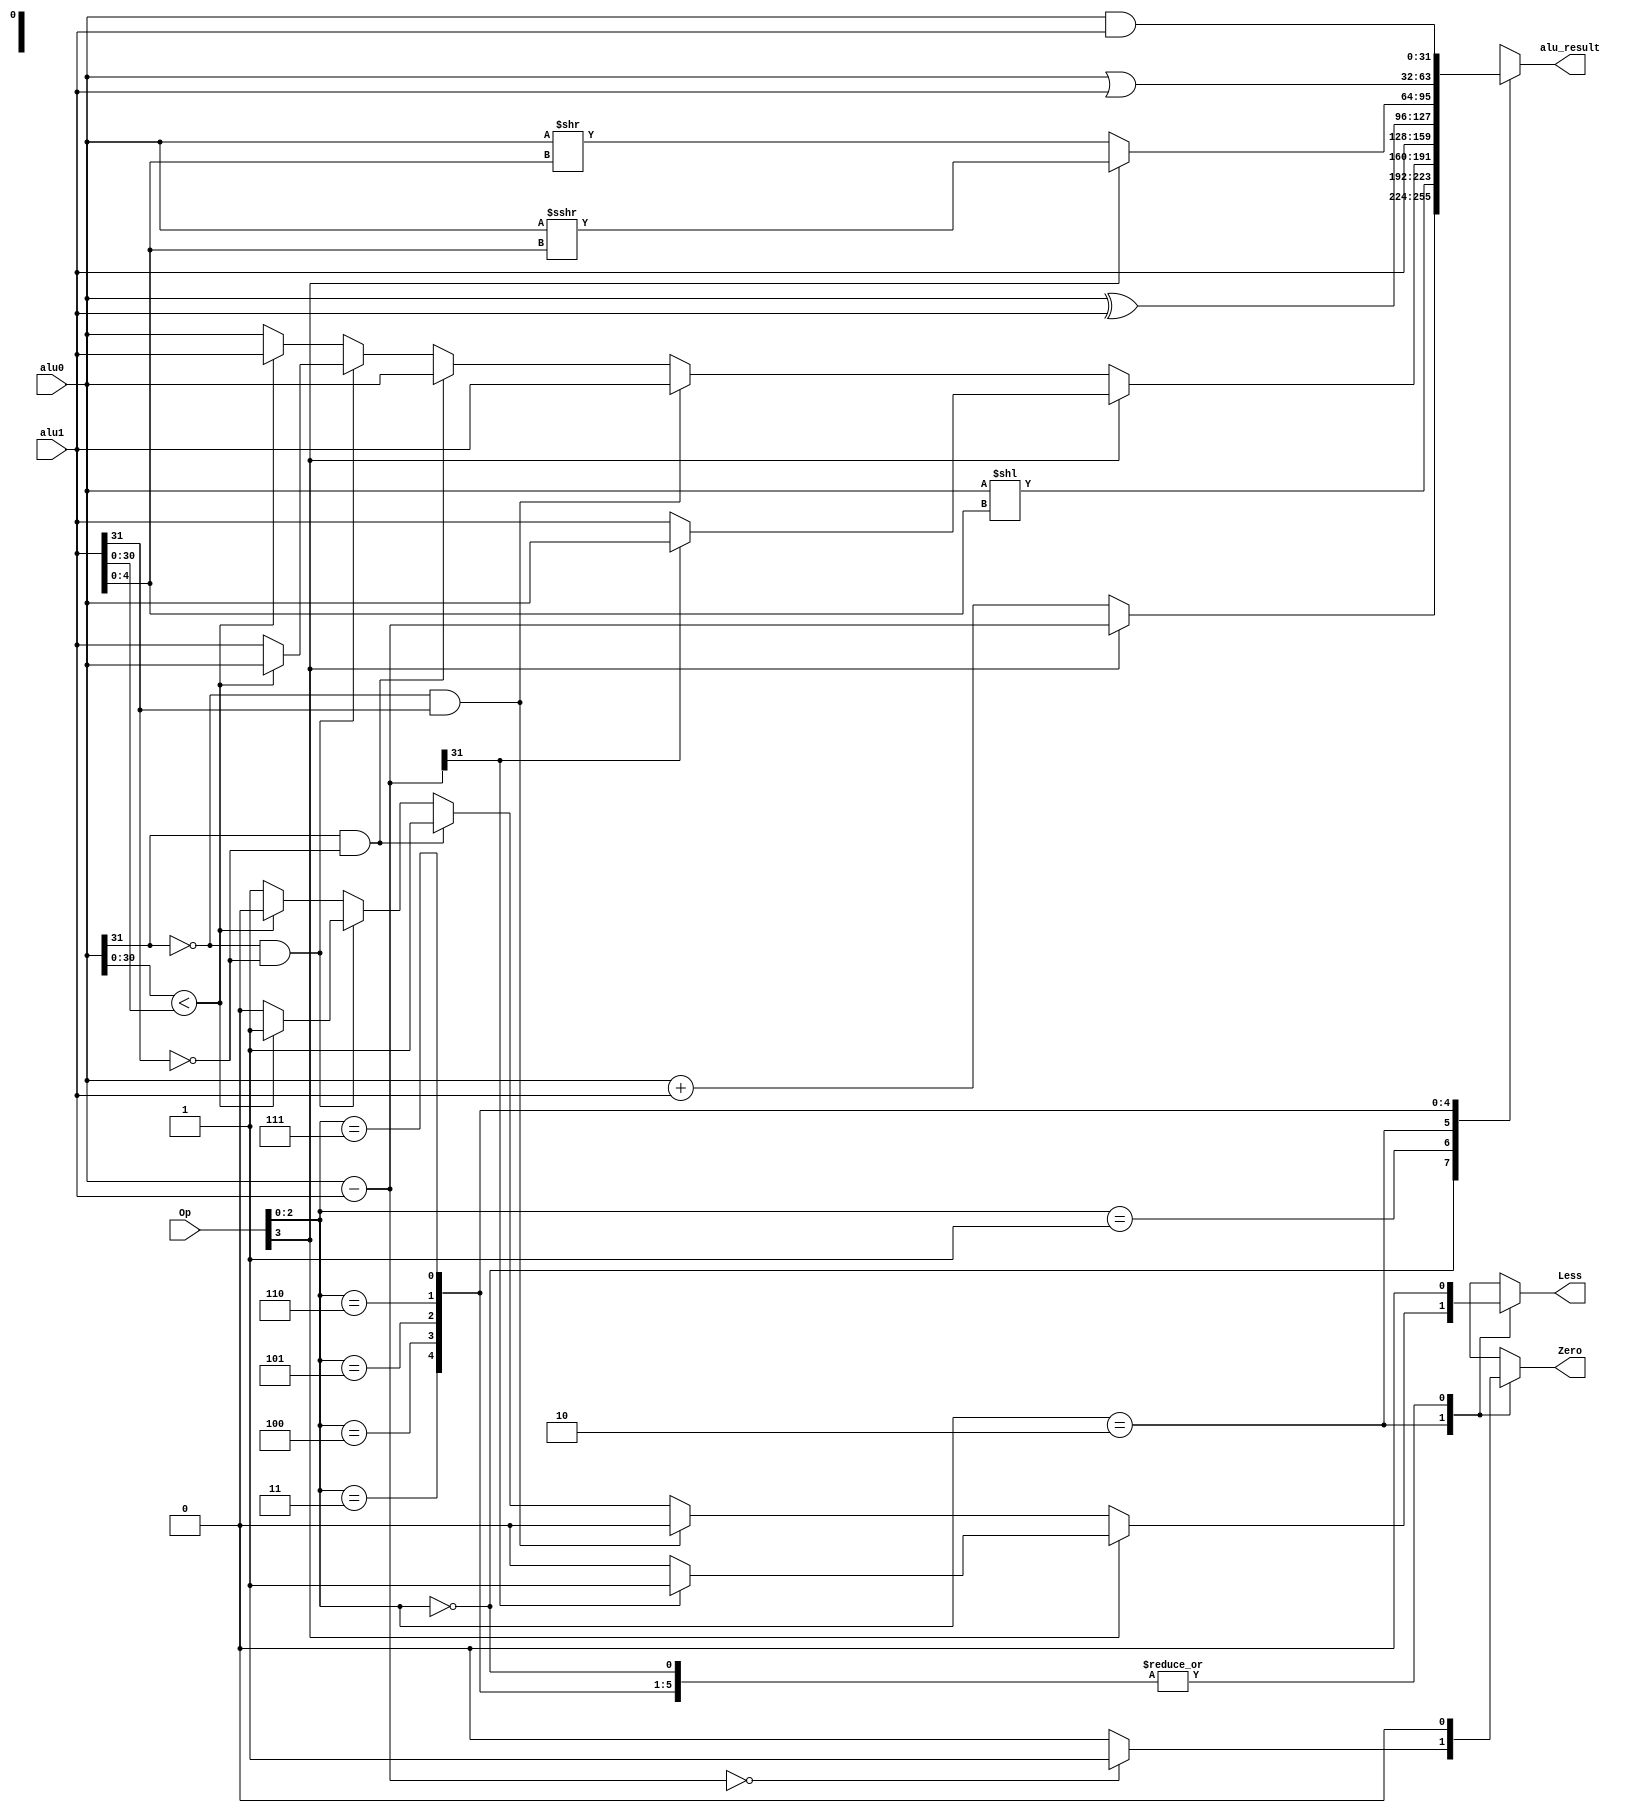
`timescale 1ns / 1ps
//////////////////////////////////////////////////////////////////////////////////
// Company: 
// Engineer: 
// 
// Design Name: 
// Module Name: ALU
// Project Name: 
// Target Devices: 
// Tool Versions: 
// Description: 
// 
// Dependencies: 
// 
// Revision:
// Revision 0.01 - File Created
// Additional Comments:
// 
//////////////////////////////////////////////////////////////////////////////////


module ALU(
    input [31: 0] alu0,
    input [31: 0] alu1,
    input [3: 0] Op,
    output reg Less,
    output reg Zero,
    output reg [31: 0]alu_result
    );

    reg [31: 0] compare;

    always @(*) begin
        Zero = 0;
        Less = 0;
        case (Op[2: 0])
            3'b000: begin
                if(Op[3]) alu_result = alu0 - alu1; // 1000 -> 
                else alu_result = alu0 + alu1; // 0000 -> 
            end
            3'b001: begin
                alu_result = alu0 << alu1[4 : 0]; // x001 -> 
            end
            3'b010: begin
                compare = alu0 - alu1;
                if(compare == 0) Zero = 1;
                if(Op[3]) begin  // 1010 -> 
                    if(compare[31]) begin
                        Less = 1;
                        alu_result = alu0;
                    end
                    else begin
                        Less = 0;
                        alu_result = alu1;
                    end
                end
                else begin       // 0010 -> 
                    if(alu0 [31] == 0 && alu1 [31] == 1) begin  //alu0 > alu1
                        Less = 0;
                        alu_result = alu1;
                    end
                    else if(alu0[31] == 1 && alu1 [31] == 0) begin  //alu0 < alu1
                        Less = 1;
                        alu_result = alu0;
                    end
                    else if(alu0 [31] == 0 && alu1 [31] == 0) begin
                        if(alu0 [30: 0] < alu1 [30: 0]) begin
                            Less = 1;
                            alu_result = alu0;
                        end
                        else begin
                            Less = 0;
                            alu_result = alu1;
                        end
                    end
                    else begin
                        if(alu0 [30: 0] < alu1 [30: 0]) begin
                            Less = 0;
                            alu_result = alu1;
                        end
                        else begin
                            Less = 1;
                            alu_result = alu0;
                        end
                    end
                end
            end
            3'b011: begin
                alu_result = alu1;         //x011 -> B
            end
            3'b100: begin
                alu_result = alu0 ^ alu1; // x100 -> 
            end
            3'b101: begin
                if(Op[3]) alu_result = $signed(alu0) >>> alu1[4 : 0]; // 1101 -> 
                else alu_result = alu0 >> alu1[4 : 0]; // 0101 -> 
            end
            3'b110: begin
                alu_result = alu0 | alu1; // x110 -> 
            end
            3'b111: begin
                alu_result = alu0 & alu1; // 
            end
        endcase

    end
endmodule